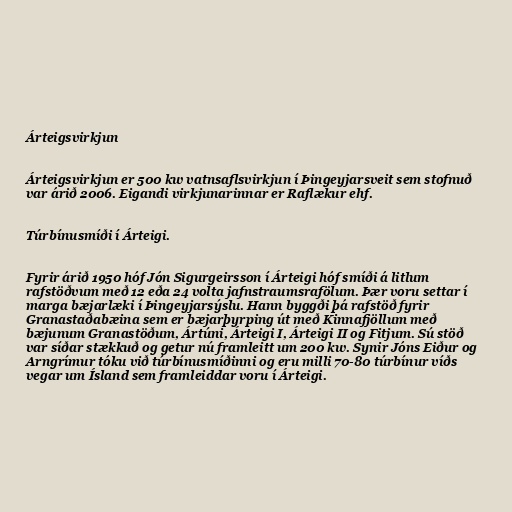
Árteigsvirkjun

Árteigsvirkjun er 500 kw vatnsaflsvirkjun í Þingeyjarsveit sem stofnuð
var árið 2006. Eigandi virkjunarinnar er Raflækur ehf.

Túrbínusmíði í Árteigi.

Fyrir árið 1950 hóf Jón Sigurgeirsson í Árteigi hóf smíði á litlum
rafstöðvum með 12 eða 24 volta jafnstraumsrafölum. Þær voru settar í
marga bæjarlæki í Þingeyjarsýslu. Hann byggði þá rafstöð fyrir
Granastaðabæina sem er bæjarþyrping út með Kinnafjöllum með
bæjunum Granastöðum, Ártúni, Árteigi I, Árteigi II og Fitjum. Sú stöð
var síðar stækkuð og getur nú framleitt um 200 kw. Synir Jóns Eiður og
Arngrímur tóku við túrbínusmíðinni og eru milli 70-80 túrbínur víðs
vegar um Ísland sem framleiddar voru í Árteigi.